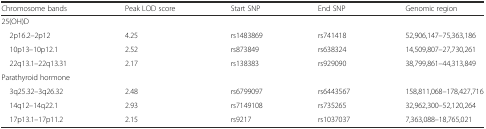
<table><thead><tr><td><b>Chromosome bands</b></td><td><b>Peak LOD score</b></td><td><b>Start SNP</b></td><td><b>End SNP</b></td><td><b>Genomic region</b></td></tr></thead><tbody><tr><td>25(OH)D</td><td></td><td></td><td></td><td></td></tr><tr><td> 2p16.2–2p12</td><td>4.25</td><td>rs1483869</td><td>rs741418</td><td>52,906,147–75,363,186</td></tr><tr><td> 10p13–10p12.1</td><td>2.52</td><td>rs873849</td><td>rs638324</td><td>14,509,807–27,730,261</td></tr><tr><td> 22q13.1–22q13.31</td><td>2.17</td><td>rs138383</td><td>rs929090</td><td>38,799,861–44,313,849</td></tr><tr><td>Parathyroid hormone</td><td></td><td></td><td></td><td></td></tr><tr><td> 3q25.32–3q26.32</td><td>2.48</td><td>rs6799097</td><td>rs6443567</td><td>158,811,068–178,427,716</td></tr><tr><td> 14q12–14q22.1</td><td>2.93</td><td>rs7149108</td><td>rs735265</td><td>32,962,300–52,120,264</td></tr><tr><td> 17p13.1–17p11.2</td><td>2.15</td><td>rs9217</td><td>rs1037037</td><td>7,363,088–18,765,021</td></tr></tbody></table>